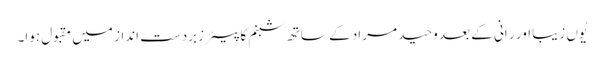
یُوں زیبا اور ر انی کے بعد وحید مراد کے ساتھ شبنم کا پیئر زبردست انداز میں مقبول ہوا۔